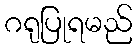
ဂရုပြုရမည်